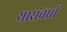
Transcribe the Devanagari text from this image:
यासंबंधीं